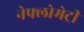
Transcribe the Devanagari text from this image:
नेफ्लोमेट्री